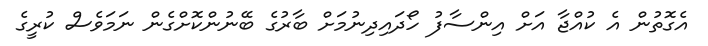
އެގޮތުން އެ ކުއްޖާ އަށް އިންސާފު ހޯދައިދިނުމަށް ބާރުގެ ބޭނުންކޮށްގެން ނަމަވެސް ކުރީގެ